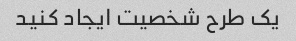
یک طرح شخصیت ایجاد کنید